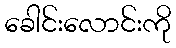
ခေါင်းလောင်းကို